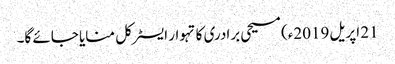
21 اپریل 2019ء) مسیحی برادری کا تہوار ایسٹر کل منایا جائے گا۔